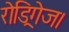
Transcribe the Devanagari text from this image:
रोड्रिगेज।